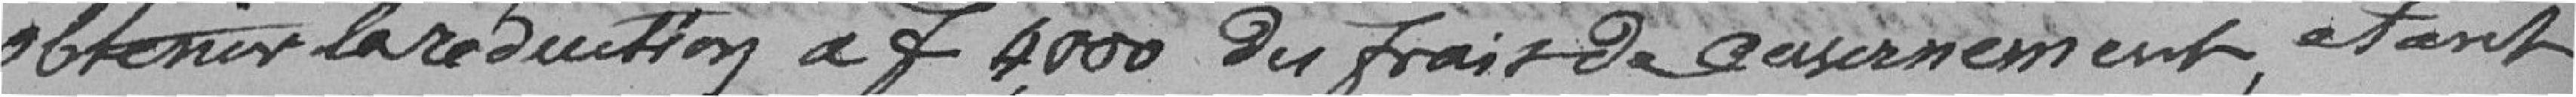
obtenir la réduction à F 4000 des frais de casernement, étant